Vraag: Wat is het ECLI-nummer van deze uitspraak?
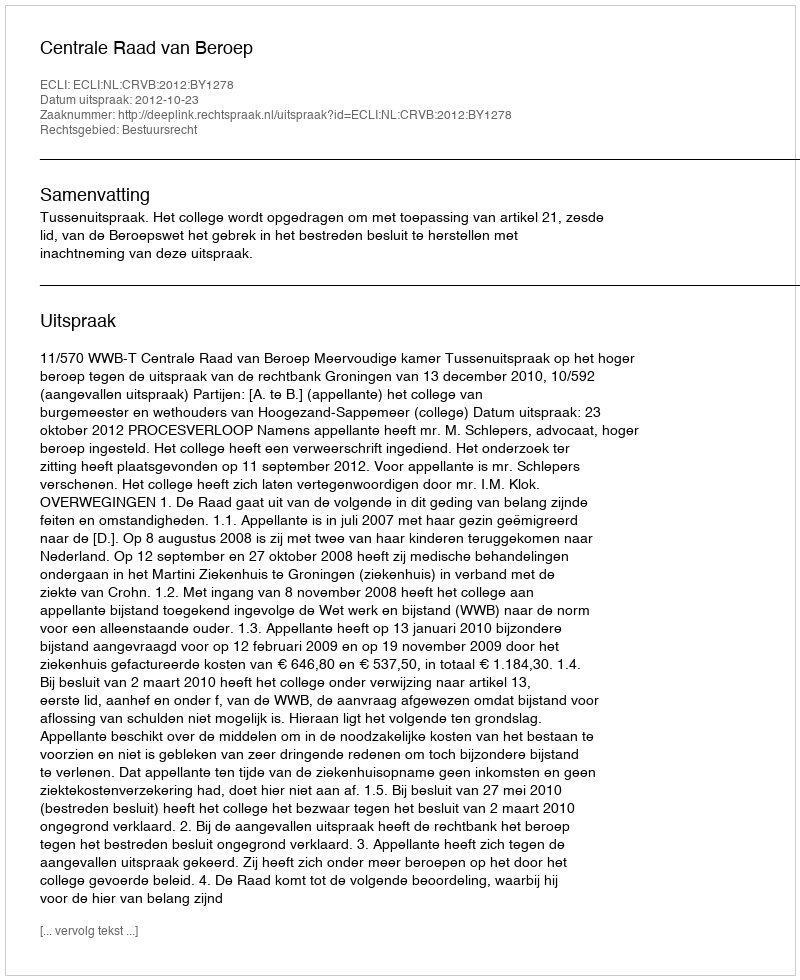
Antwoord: ECLI:NL:CRVB:2012:BY1278